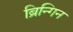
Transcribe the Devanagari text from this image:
ब्रिन्गिन